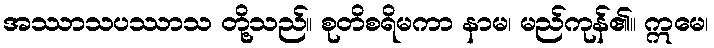
အဿာသပဿာသ တို့သည်။ စုတိစရိမကာ နာမ၊ မည်ကုန်၏။ ဣမေ၊